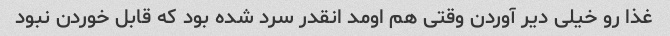
غذا رو خیلی دیر آوردن وقتی هم اومد انقدر سرد شده بود که قابل خوردن نبود